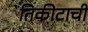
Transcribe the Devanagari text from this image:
तिकीटाची